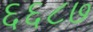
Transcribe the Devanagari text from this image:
६६८७